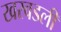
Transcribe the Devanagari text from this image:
खरवडली